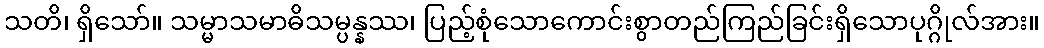
သတိ၊ ရှိသော်။ သမ္မာသမာဓိသမ္ပန္နဿ၊ ပြည့်စုံသောကောင်းစွာတည်ကြည်ခြင်းရှိသောပုဂ္ဂိုလ်အား။